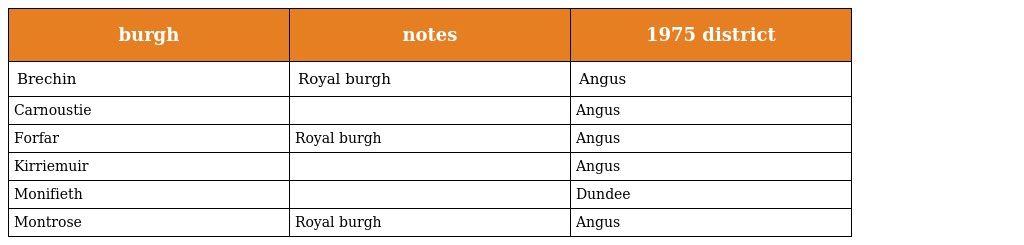
| burgh | notes | 1975 district |
 | --- | --- | --- |
 | Brechin | Royal burgh | Angus |
 | Carnoustie |  | Angus |
 | Forfar | Royal burgh | Angus |
 | Kirriemuir |  | Angus |
 | Monifieth |  | Dundee |
 | Montrose | Royal burgh | Angus |